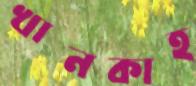
খানকাহ